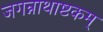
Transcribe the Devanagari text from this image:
जगन्नाथाष्टकम्